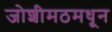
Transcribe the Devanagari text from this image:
जोशीमठमधून